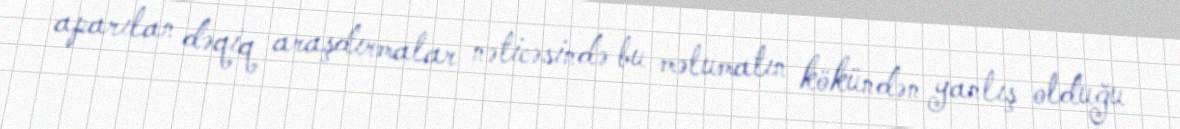
aparılan dəqiq araşdırmalar nəticəsində bu məlumatın kökündən yanlış olduğu